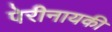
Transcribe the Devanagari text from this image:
पेरीनायकी